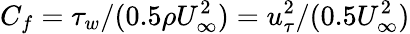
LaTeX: C_{f}=\tau_{w}/(0.5\rho U_{\infty}^{2})=u_{\tau}^{2}/(0.5U_{\infty}^{2})